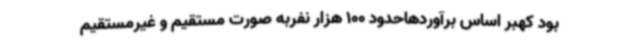
بود کهبر اساس برآوردهاحدود 100 هزار نفربه صورت مستقیم و غیرمستقیم